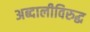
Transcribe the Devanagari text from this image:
अब्दालीविरुद्ध